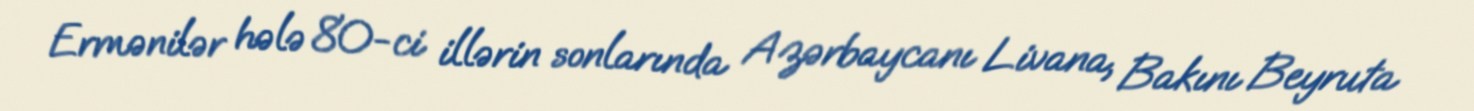
Ermənilər hələ 80-ci illərin sonlarında Azərbaycanı Livana, Bakını Beyruta